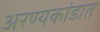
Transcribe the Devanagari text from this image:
अरण्यकांडात